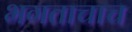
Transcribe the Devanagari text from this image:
भगताचाच